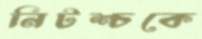
নিটশ্চকে